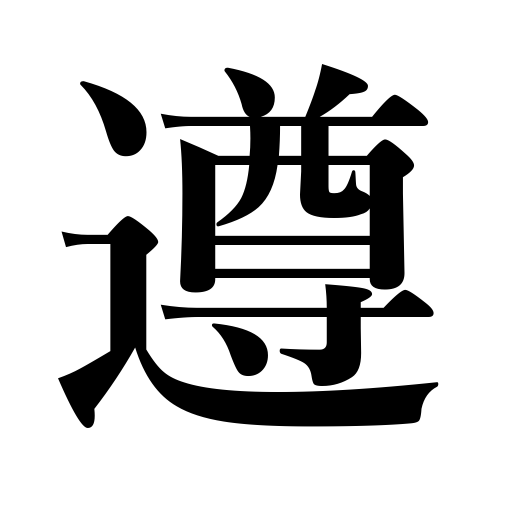
Meanings: learn,obey,follow